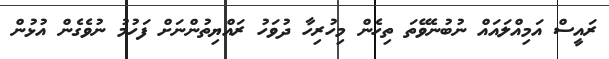
ރައީސް އަމިއްލައައް ނުބުނެވޭތަ ތިހެން މިހުރިހާ ދުވަހު ރައްޔިތުންނަށް ފަހުމު ނުވެގެން އުޅުން